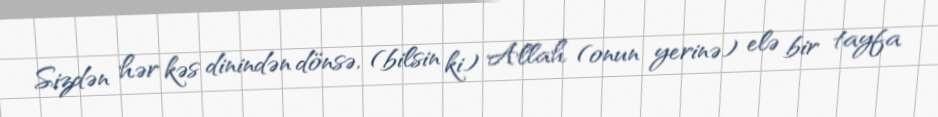
Sizdən hər kəs dinindən dönsə, (bilsin ki) Allah (onun yerinə) elə bir tayfa